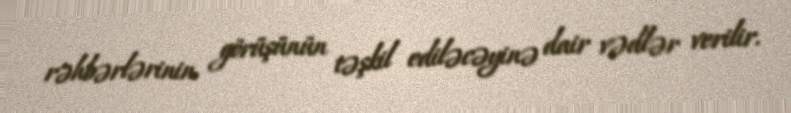
rəhbərlərinin görüşünün təşkil ediləcəyinə dair vədlər verilir.